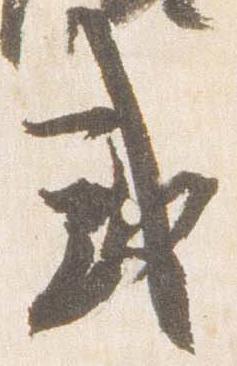
或